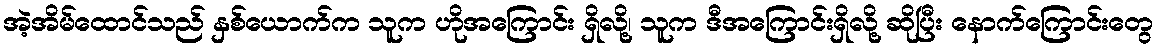
အဲ့အိမ်ထောင်သည် နှစ်ယောက်က သူက ဟိုအကြောင်း ရှိလို့၊ သူက ဒီအကြောင်းရှိလို့ ဆိုပြီး နောက်ကြောင်းတွေ